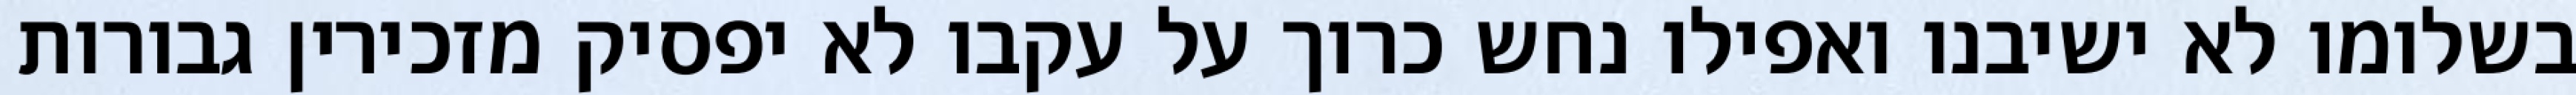
בשלומו לא ישיבנו ואפילו נחש כרוך על עקבו לא יפסיק מזכירין גבורות